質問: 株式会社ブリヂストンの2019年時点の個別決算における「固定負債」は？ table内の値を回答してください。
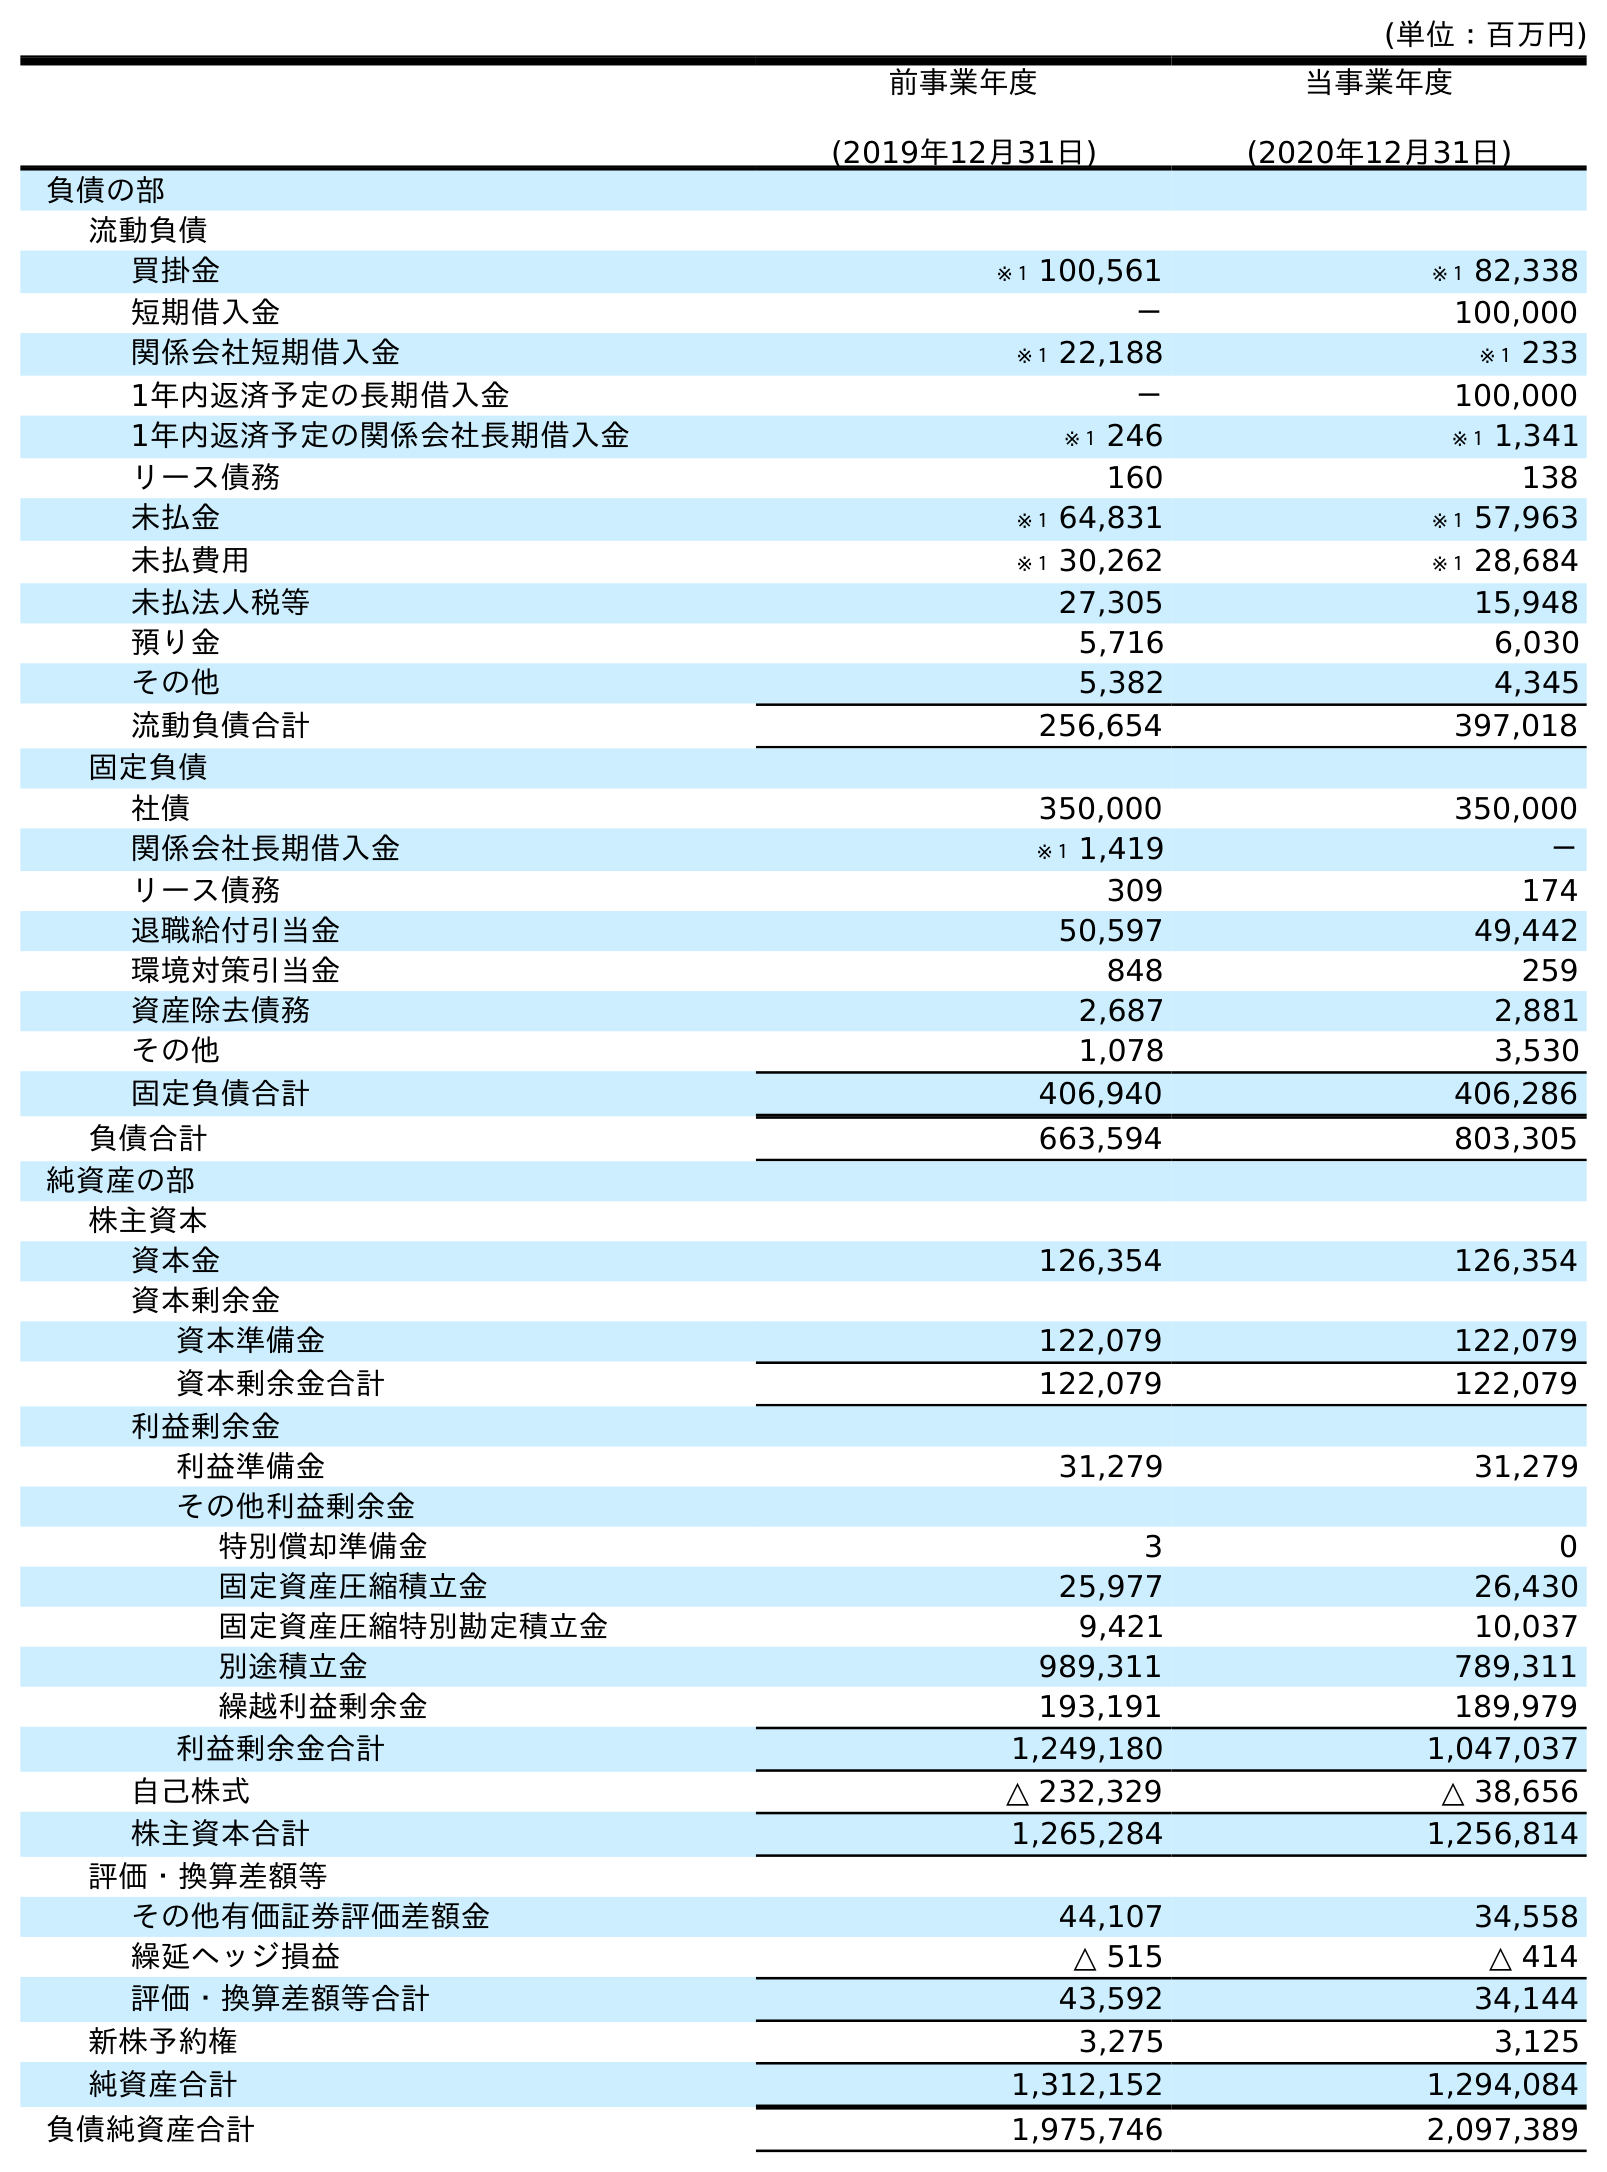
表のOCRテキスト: (単位：百万円) 前事業年度 (2019年12月31日) 当事業年度 (2020年12月31日) 負債の部 流動負債 買掛金 ※１ 100,561 ※１ 82,338 短期借入金 － 100,000 関係会社短期借入金 ※１ 22,188 ※１ 233 1年内返済予定の長期借入金 － 100,000 1年内返済予定の関係会社長期借入金 ※１ 246 ※１ 1,341 リース債務 160 138 未払金 ※１ 64,831 ※１ 57,963 未払費用 ※１ 30,262 ※１ 28,684 未払法人税等 27,305 15,948 預り金 5,716 6,030 その他 5,382 4,345 流動負債合計 256,654 397,018 固定負債 社債 350,000 350,000 関係会社長期借入金 ※１ 1,419 － リース債務 309 174 退職給付引当金 50,597 49,442 環境対策引当金 848 259 資産除去債務 2,687 2,881 その他 1,078 3,530 固定負債合計 406,940 406,286 負債合計 663,594 803,305 純資産の部 株主資本 資本金 126,354 126,354 資本剰余金 資本準備金 122,079 122,079 資本剰余金合計 122,079 122,079 利益剰余金 利益準備金 31,279 31,279 その他利益剰余金 特別償却準備金 3 0 固定資産圧縮積立金 25,977 26,430 固定資産圧縮特別勘定積立金 9,421 10,037 別途積立金 989,311 789,311 繰越利益剰余金 193,191 189,979 利益剰余金合計 1,249,180 1,047,037 自己株式 △ 232,329 △ 38,656 株主資本合計 1,265,284 1,256,814 評価・換算差額等 その他有価証券評価差額金 44,107 34,558 繰延ヘッジ損益 △ 515 △ 414 評価・換算差額等合計 43,592 34,144 新株予約権 3,275 3,125 純資産合計 1,312,152 1,294,084 負債純資産合計 1,975,746 2,097,389
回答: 406,940